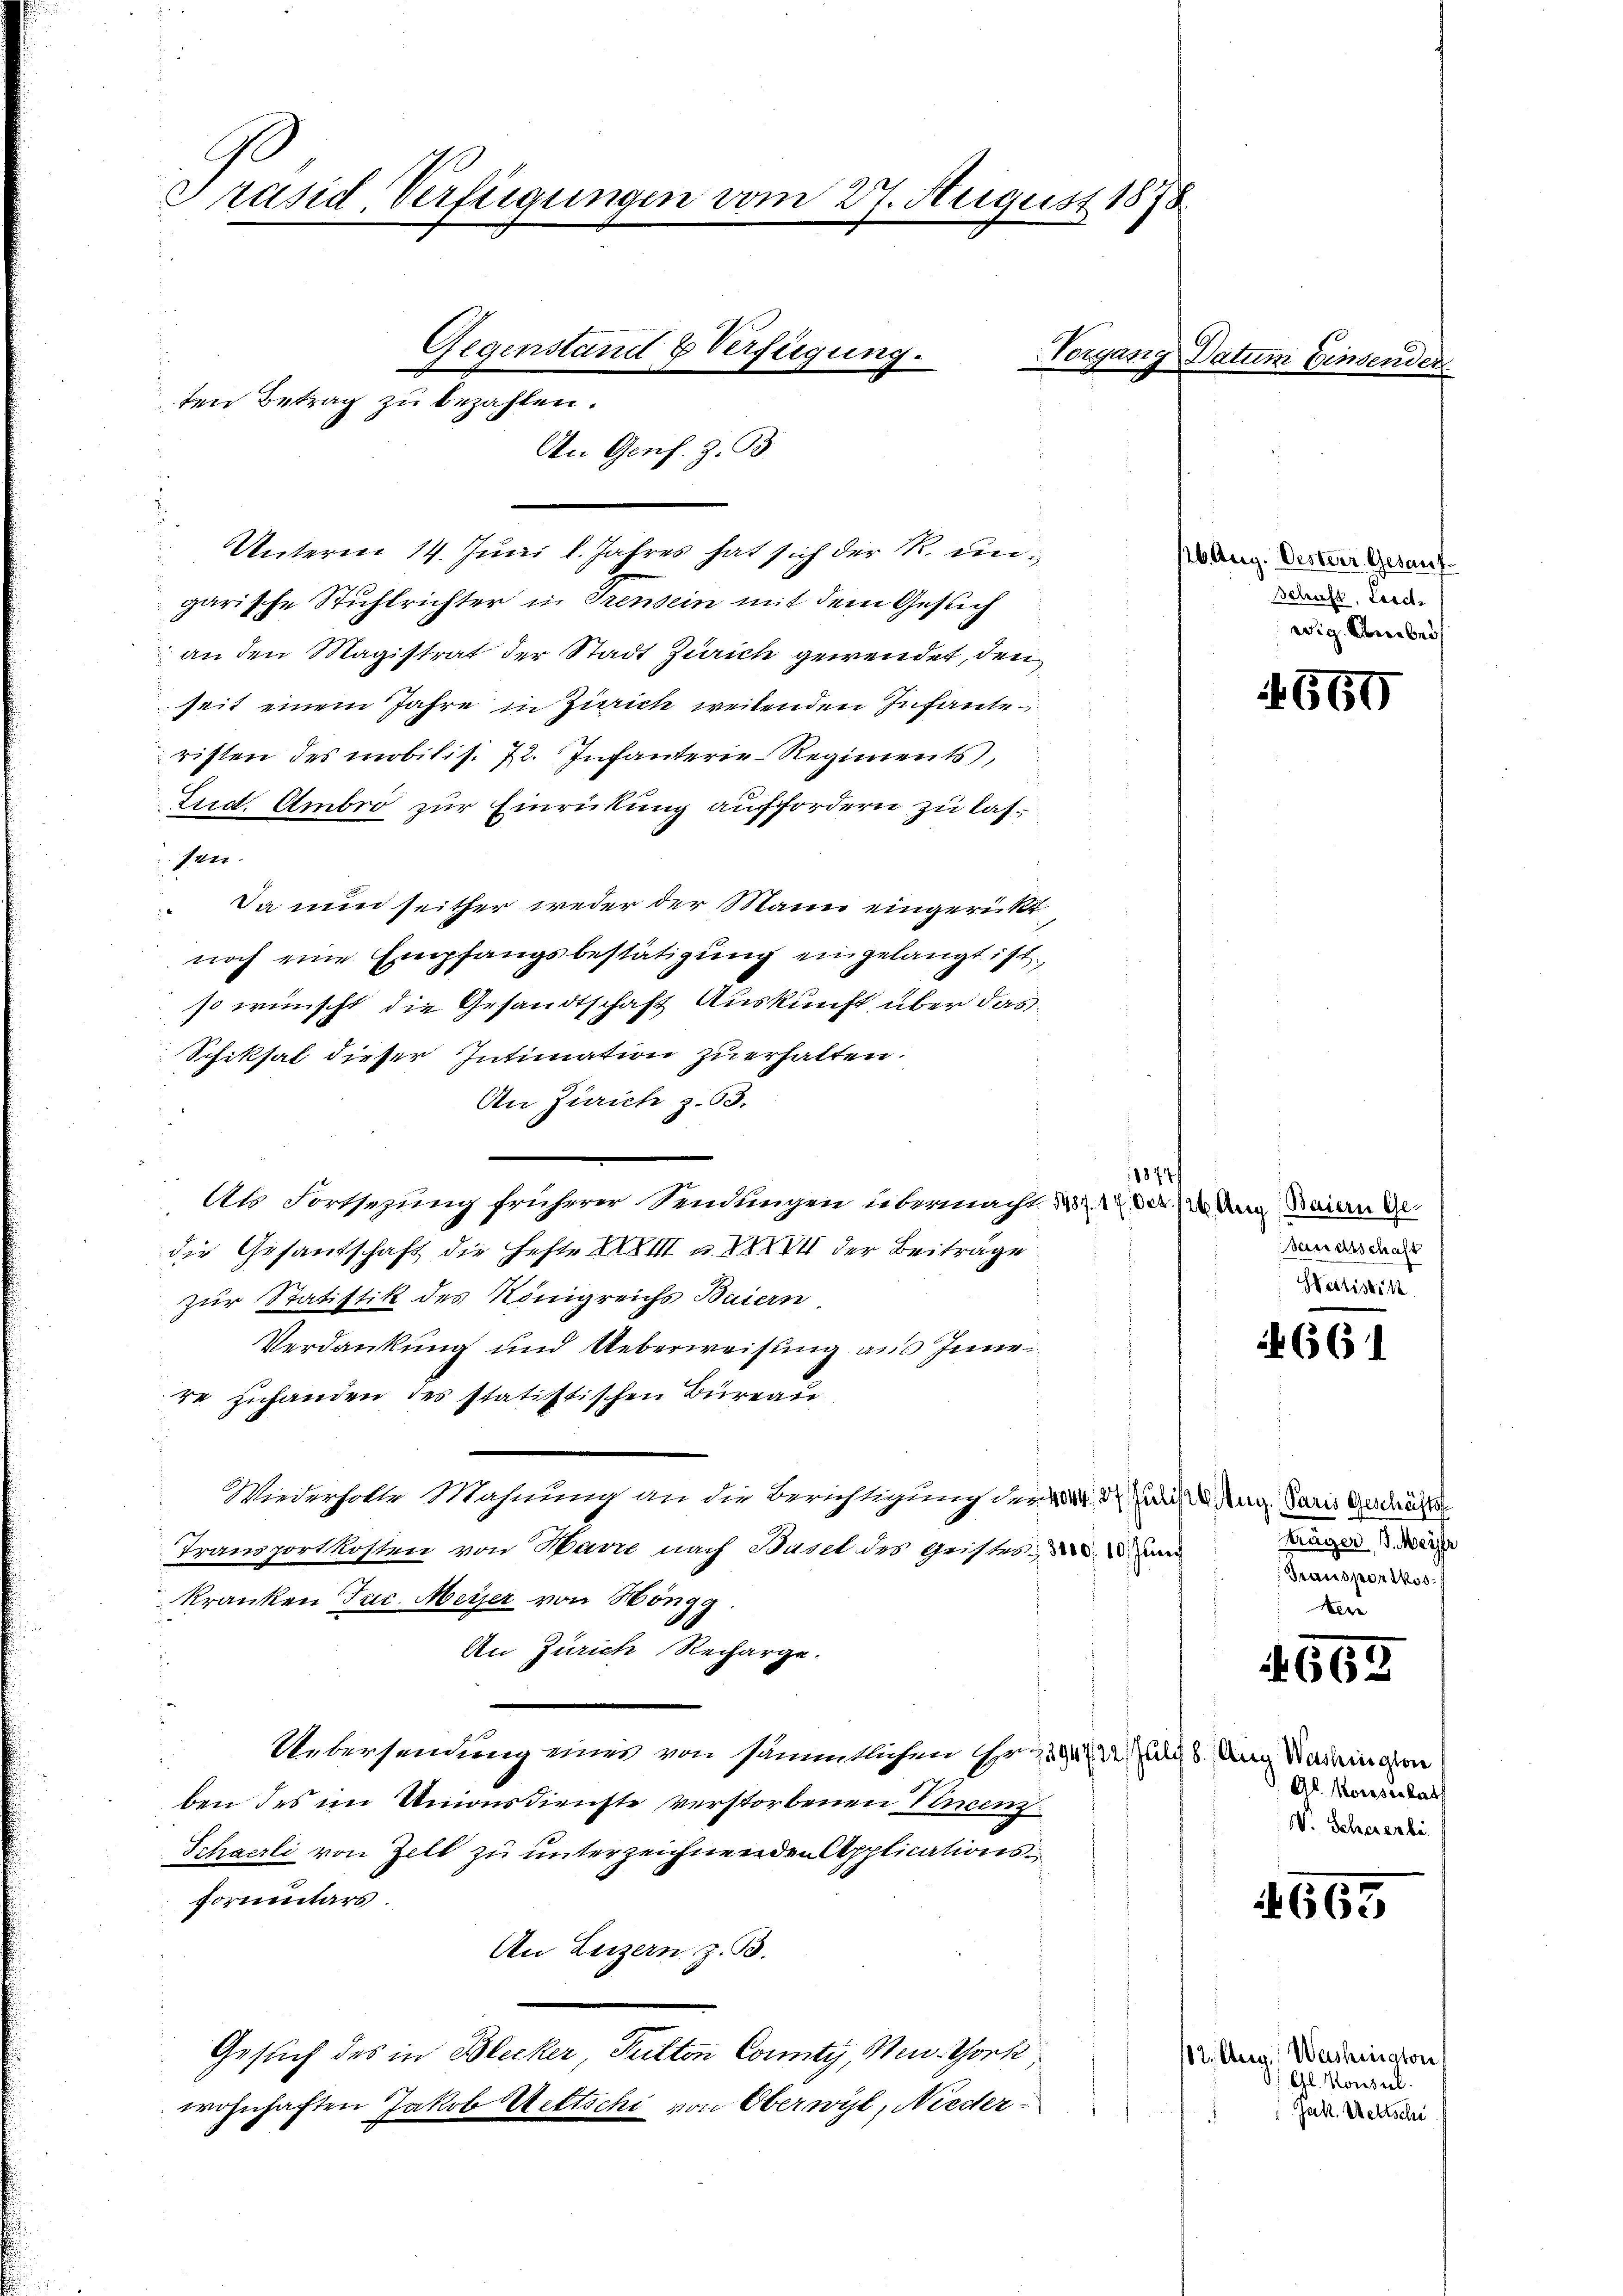
Präsid. Verfügungen vom 27. August 1878.

Gegenstand & Verfügung.
ten Betrag zu bezahlen.
An Genf. Z. 3

Unterm 14. Juni l. Jahres hat sich der R. ungarische Stuhlrichter in Trensein mit dem Gesuch
an den Magistrat der Stadt Zürich gewendet, den
seit einem Jahre in Zürich weitenden Infante
risten des mobilis. 72. Infanterie-Regiments,
Sied. Ambro zur Einrückung auffordern zu las¬
Per
Da nun seither weder der Mann eingericht
noch eine Empfangsbestätigung eingelangt ist,
so wünscht, die Gesandtschaft Auskunft über das
Schiksal dieser Intimation zu erhalten.
An Zürich z. 63.
Als Fortsezung früherer Sendungen übermacht u. 1 der 120 Aug. Baiern Gedie Gesandschaft die Hefte XXXIII u. XXXVII der Beiträge
zur Statistik des Königreichs Baiern
Verdankung und Ueberweisung aus Inne
re zuhanden des statistischen Büreau
Wiederholte Wahnung an die Berichtigung der v. 3. Juris Aug. Paris Geschäfts
Transportkosten von Harre nach Basel des Geistes an
kranken Juc. Meyer von Höngg
An Zürich Recharge.
Uebersendung eines von sämmtlichen Hr. 294. 22. Juni 8. Aug. Nadington
ben des im Unionsdienste verstorbenen Krenz
Schacrli von Zell zu unterzeichnenden Applicationsformitärs.
An Luzern z. B.
Gesuch des in Blecker, Pulton County, Meu. Thork
wohnhaften Jakob Weltschi von Oberwyl, Nieder¬

11874

Vorgang Datum Einsender

16. Aug. Oestrer Gesauf
Schaft, Leich
wig. Amber

bau erschaft
Heslistik

träger s. Meyer
analen
Mer

660

661

665

Gl. Konsulat
V. Schererbe

665

12. Aug. Washington,
Gl. Konsil.
Jak. Weltschi